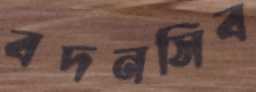
বদনসিব